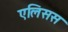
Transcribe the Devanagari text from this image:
एलिसस